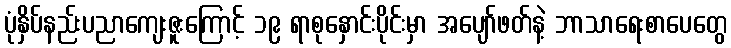
ပုံနှိပ်နည်းပညာကျေးဇူးကြောင့် ၁၉ ရာစုနှောင်းပိုင်းမှာ အပျော်ဖတ်နဲ့ ဘာသာရေးစာပေတွေ